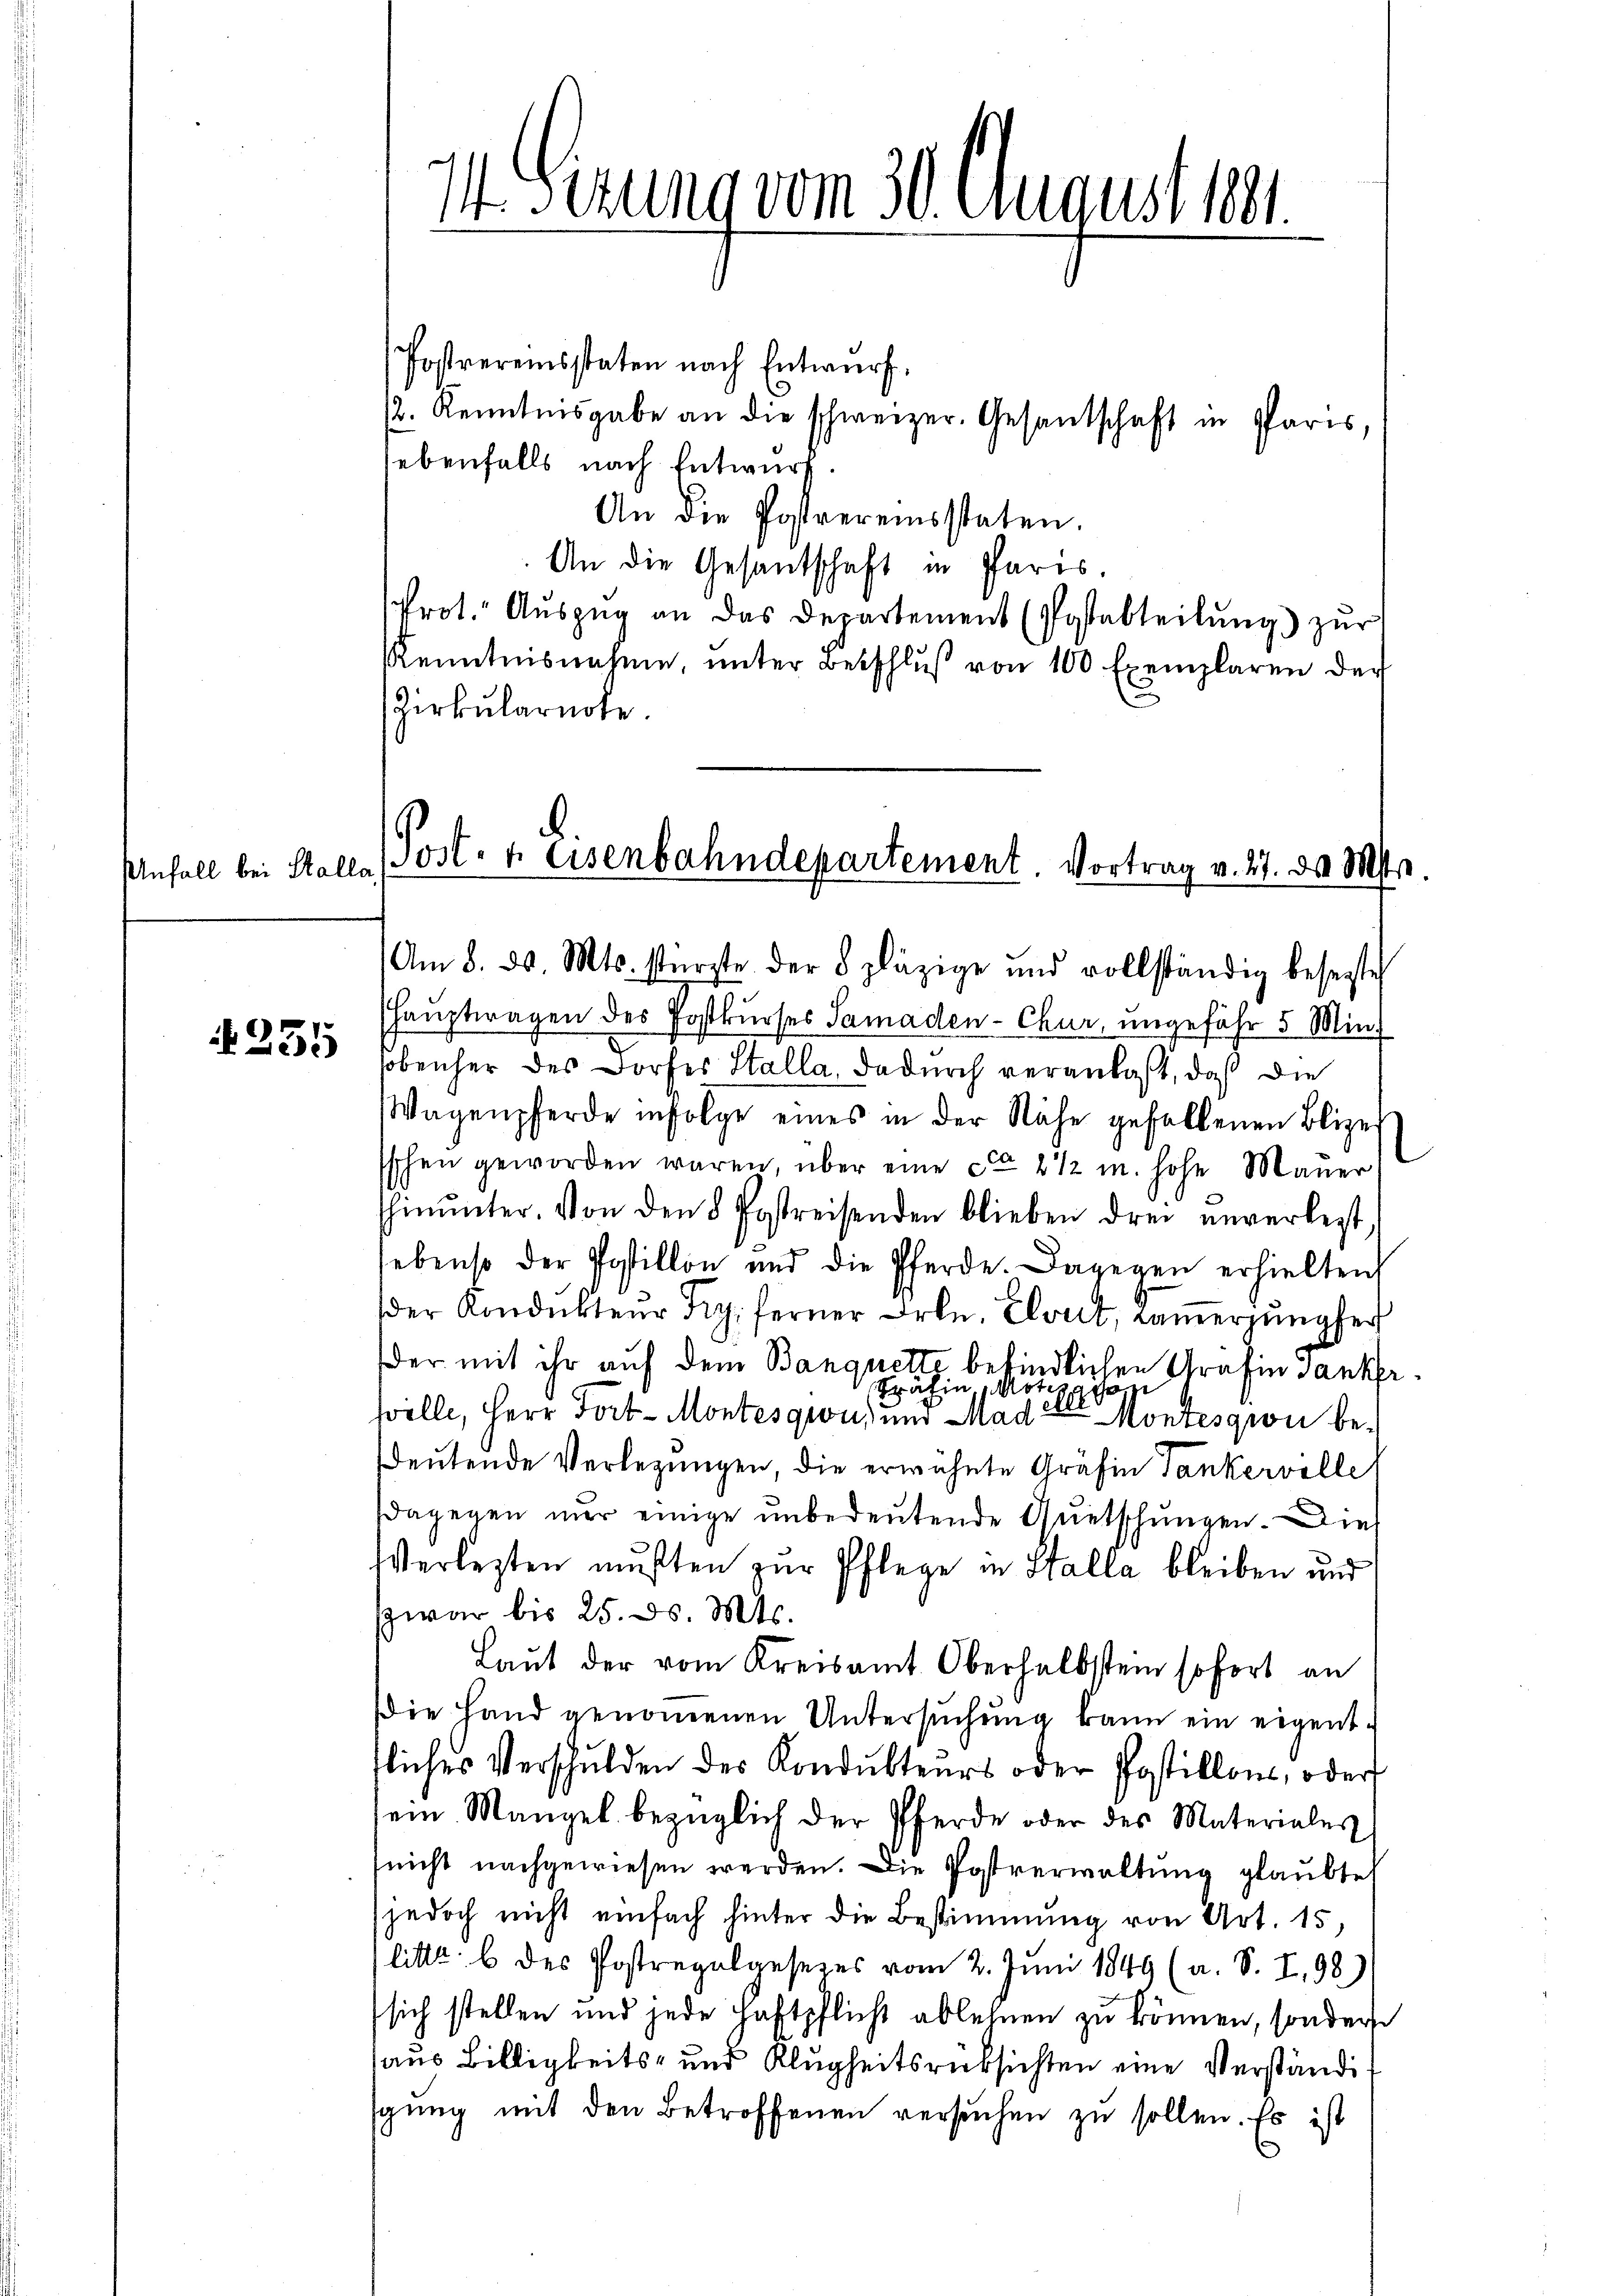
Unfall bei Stalla

255

Post- u. Eisenbahndepartement. Vortrag v. 27. d. Ms.

Postvereinsstaten nach Entwurf.
. Kenntnisgabe an die schweizer. Gesantschaft in Paris,
ebenfalls nach Entwurf.
An die Postvereinsstaten.
An die Gesandschaft in Paris
Prot. Aŭszŭg an das Departement (Postabteilŭng zŭr
Kenntnisnahme ŭnter Betschlŭβ von 100 Exemplaren der
Zirkŭlarnote.

1. Gerung vom 30. August 1881.

Am 8. d. Mts. stürzte der 8 Fäzige und vollständig besagte
haŭptwagen des Postkŭrses Samaden-Chur, ungefähr 5 Min
sobenher des Dorfes Stalla, dadurch veranlaßt, daß die
Wagenpferde infolge eines in der Nähe gefallenen Blize
Eschen geworden waren, über eine ca 2 1/2 m. hohe Mauer
hinŭnter. Von den 8 Postreisenden blieben drei unverlegt,
lebenso der Postillon und die Pferde. Dagegen erhielten,
der Kondukteur Frz. ferner Frln. Elvut, Kamergŭngser
der mit ihr auf dem Banquette befindlichen Grafin Sanker¬
Späfin Mo
sville, Herr Fort-Montesquis und Mad. 2
Montession bedeŭtende Verlegungen, die erwähnte Grafin Tankervolle
dagegen nur einige unbedeutende Quetschungen. Die
Verlegten mußten zur Pflege in Stalla bleiben und
zwar bis 25. ds. Mts.
Laut der vom Kreisamt Oberhalbstein sofort an
Die Hand genommenen Untersŭchŭng kann ein eigent-
tliches Verschulden des Kondukteurs oder Postillons, oder
sein Mangel bezüglich der Pferde oder des Materiales
(nicht nachgewiesen werden. Die Postverwaltung glaubte
jedoch nicht einfach hinter die Bestimmung von Art. 15,
litt. b des Postregalgesezes vom 2. Juni 1849 (a. S. I, 98)
sich stellen und jede Haftpflicht ablehnen zu können, sonders
aus Billigkeits- und Klugheitsrüksichten eine Verständi
gŭng mit den Betroffenen versŭchen zu sollen. Es ist